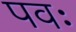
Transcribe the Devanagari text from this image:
पवः